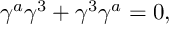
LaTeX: \gamma ^ { a } \gamma ^ { 3 } + \gamma ^ { 3 } \gamma ^ { a } = 0 , \qquad